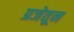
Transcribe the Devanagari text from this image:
प्रजेतून